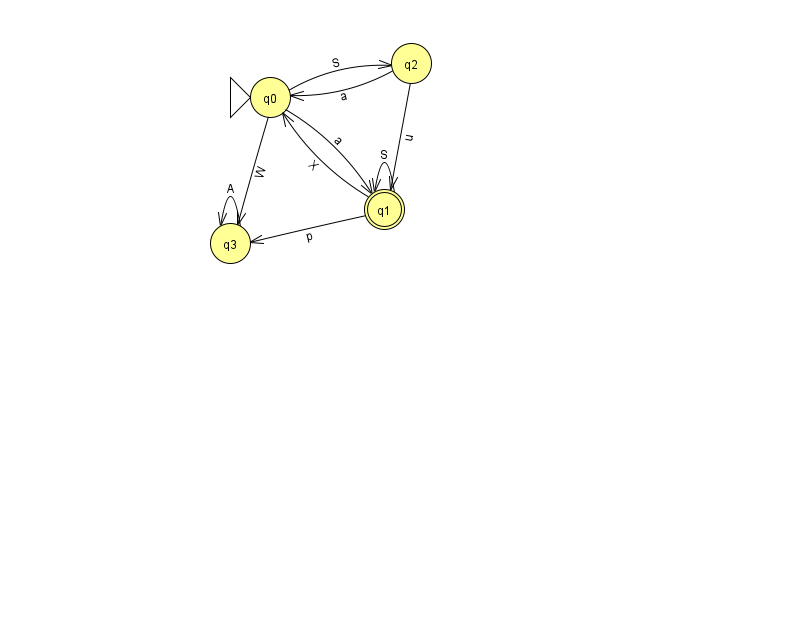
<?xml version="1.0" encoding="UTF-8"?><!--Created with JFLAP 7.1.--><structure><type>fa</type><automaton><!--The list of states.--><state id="0" name="q0"><x>270.0</x><y>84.0</y><initial/></state><state id="1" name="q1"><x>384.0</x><y>196.0</y><final/></state><state id="2" name="q2"><x>411.0</x><y>50.0</y></state><state id="3" name="q3"><x>230.0</x><y>230.0</y></state><!--The list of transitions.--><transition><from>0</from><to>2</to><read>S</read></transition><transition><from>3</from><to>3</to><read>A</read></transition><transition><from>0</from><to>1</to><read>a</read></transition><transition><from>1</from><to>3</to><read>p</read></transition><transition><from>1</from><to>1</to><read>S</read></transition><transition><from>2</from><to>0</to><read>a</read></transition><transition><from>2</from><to>1</to><read>u</read></transition><transition><from>0</from><to>3</to><read>W</read></transition><transition><from>1</from><to>0</to><read>X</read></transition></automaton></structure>